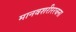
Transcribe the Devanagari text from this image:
मानवशरीररचना